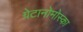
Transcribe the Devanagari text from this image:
ग्रेटानोमोस्का